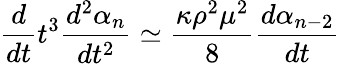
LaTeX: \frac{d}{dt}t^{3}\frac{d^{2}\alpha_{n}}{dt^{2}}\simeq\frac{\kappa\rho^{2}\mu^{2}}{8}\frac{d\alpha_{n-2}}{dt}